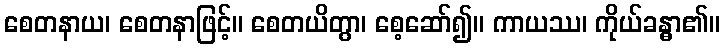
စေတနာယ၊ စေတနာဖြင့်။ စေတယိတွာ၊ စေ့ဆော်၍။ ကာယဿ၊ ကိုယ်ခန္ဓာ၏။